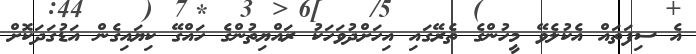
އެ ސިފަތައް އެކުލެވޭ މީހުންގެ ތެރޭގައި އިހަށްދުވަހަކު ރައްޔިތުންގެ ހައްގޭ ކިޔައިގެން އަޑުގަދަކޮށް